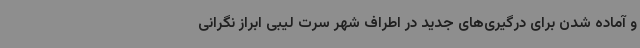
و آماده شدن برای درگیری‌های جدید در اطراف شهر سرت لیبی ابراز نگرانی